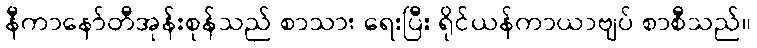
နီကာနော်တီအုန်းစုန်သည် စာသား ရေးပြီး ရိုင်ယန်ကာယာဗျပ် စာစီသည်။